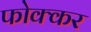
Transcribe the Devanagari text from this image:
फोक्‍कर